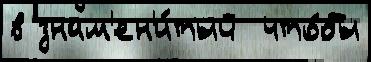
в знам'ен'и́тый  что́бы